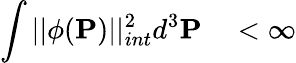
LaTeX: \int||\phi({\mathbf P})||_{int}^{2}d^{3}{\mathbf P}\quad<\infty